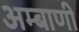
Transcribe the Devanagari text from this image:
अम्बाणी